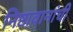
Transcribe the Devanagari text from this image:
निष्ठावानांची